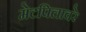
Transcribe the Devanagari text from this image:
मेटपिलावरे